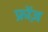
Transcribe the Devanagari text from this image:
फ्रोंज़